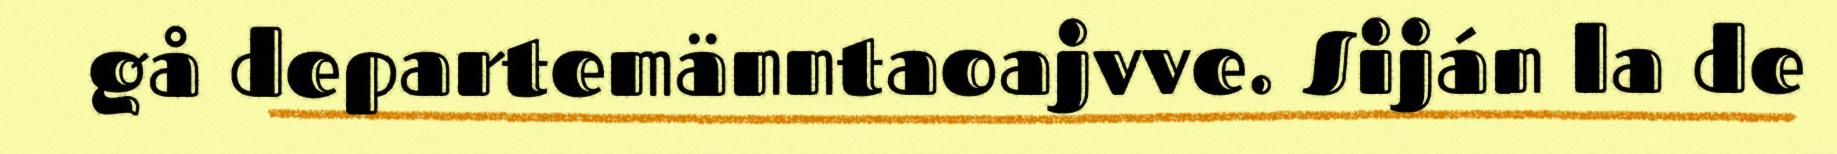
gå departemänntaoajvve. Siján la de